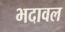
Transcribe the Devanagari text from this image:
भदावल